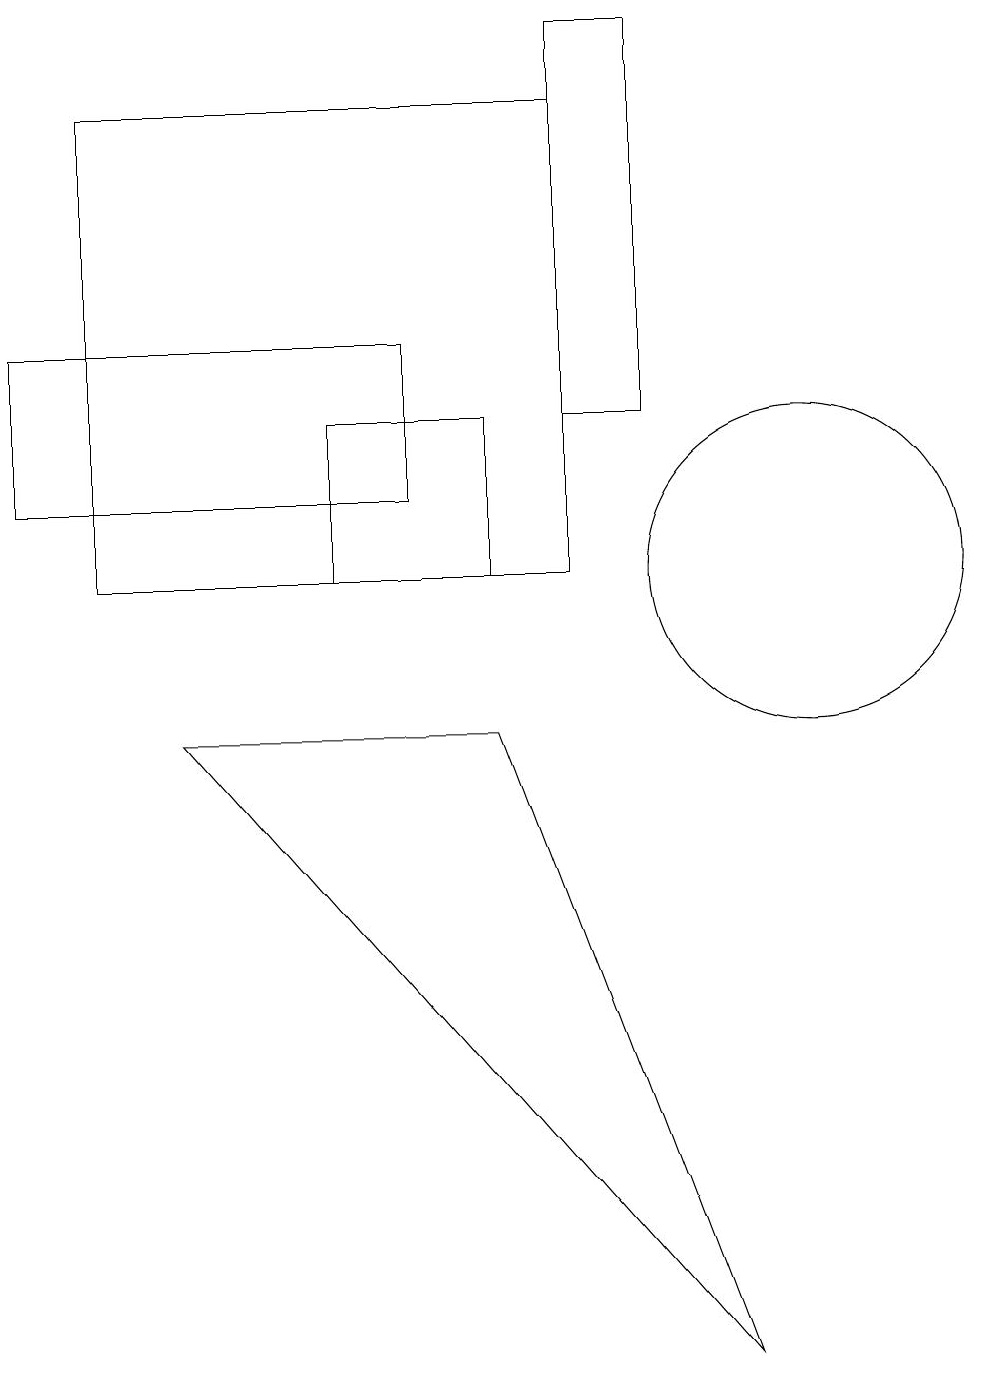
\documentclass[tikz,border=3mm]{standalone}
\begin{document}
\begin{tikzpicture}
\draw (5,11) rectangle (0,13);
\draw (10,10) circle (2);
\draw (8,17) rectangle (7,12);
\draw (4,10) rectangle (6,12);
\draw (7,10) rectangle (1,16);
\draw (6,8) -- (2,8) -- (9,0) -- cycle;
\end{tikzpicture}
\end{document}